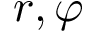
r , \varphi